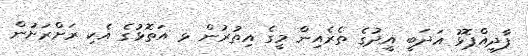
ފާދިއްޕޮޅު އަދަބީ އީދުގެ ތެރެއިން މީގެ އިތުރުން ޅ އަތޮޅުގެ އެކި ރަށްރަށުން